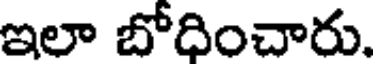
ఇలా బోధించారు.